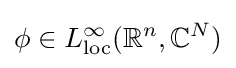
\phi \in L_{\mathrm {loc} }^{\infty }(\mathbb {R} ^{n},\mathbb {C} ^{N})